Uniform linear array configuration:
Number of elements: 64
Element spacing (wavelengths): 1
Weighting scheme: binomial
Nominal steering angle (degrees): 45
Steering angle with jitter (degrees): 43.568
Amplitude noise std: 0.05
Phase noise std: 0.05

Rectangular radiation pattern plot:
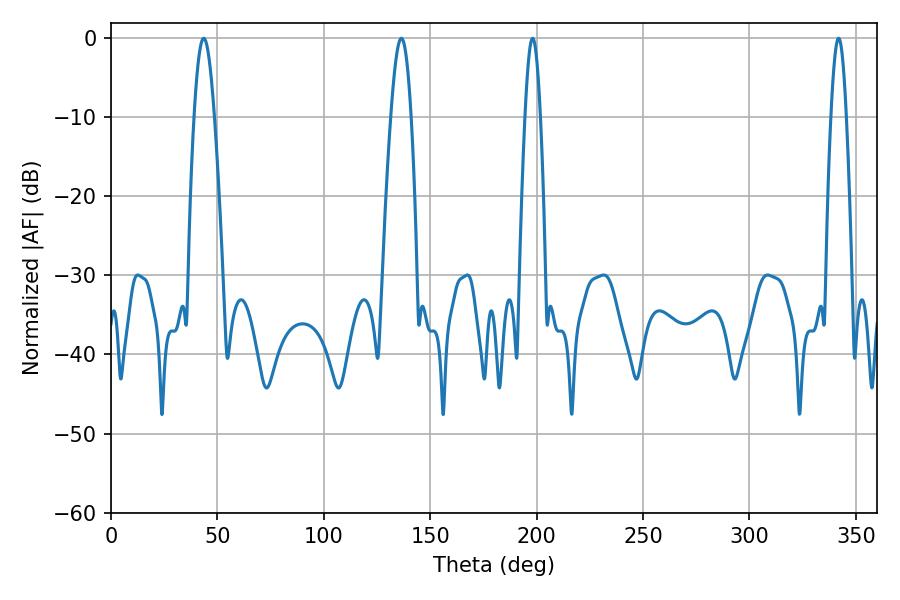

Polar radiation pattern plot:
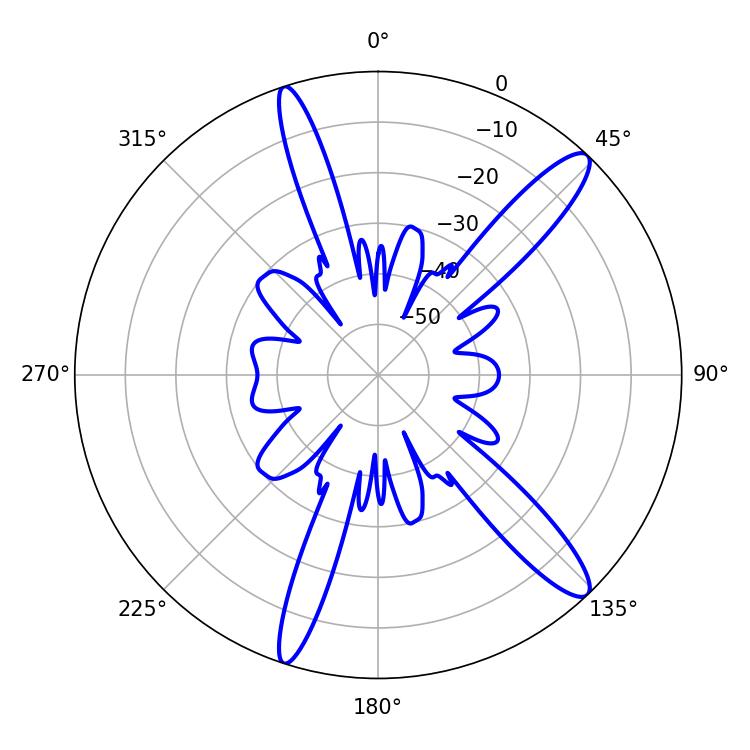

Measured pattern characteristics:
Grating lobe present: TRUE
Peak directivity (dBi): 13.519
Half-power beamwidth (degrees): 5.22
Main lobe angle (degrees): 43.56